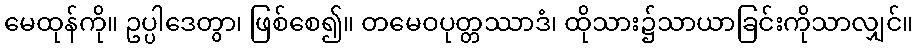
မေထုန်ကို။ ဥပ္ပါဒေတွာ၊ ဖြစ်စေ၍။ တမေဝပုတ္တဿာဒံ၊ ထိုသား၌သာယာခြင်းကိုသာလျှင်။